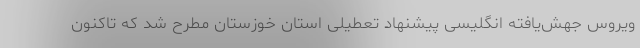
ویروس جهش‌یافته انگلیسی پیشنهاد تعطیلی استان خوزستان مطرح شد که تاکنون